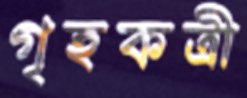
গৃহকত্রী